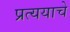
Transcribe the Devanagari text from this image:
प्रत्ययाचे